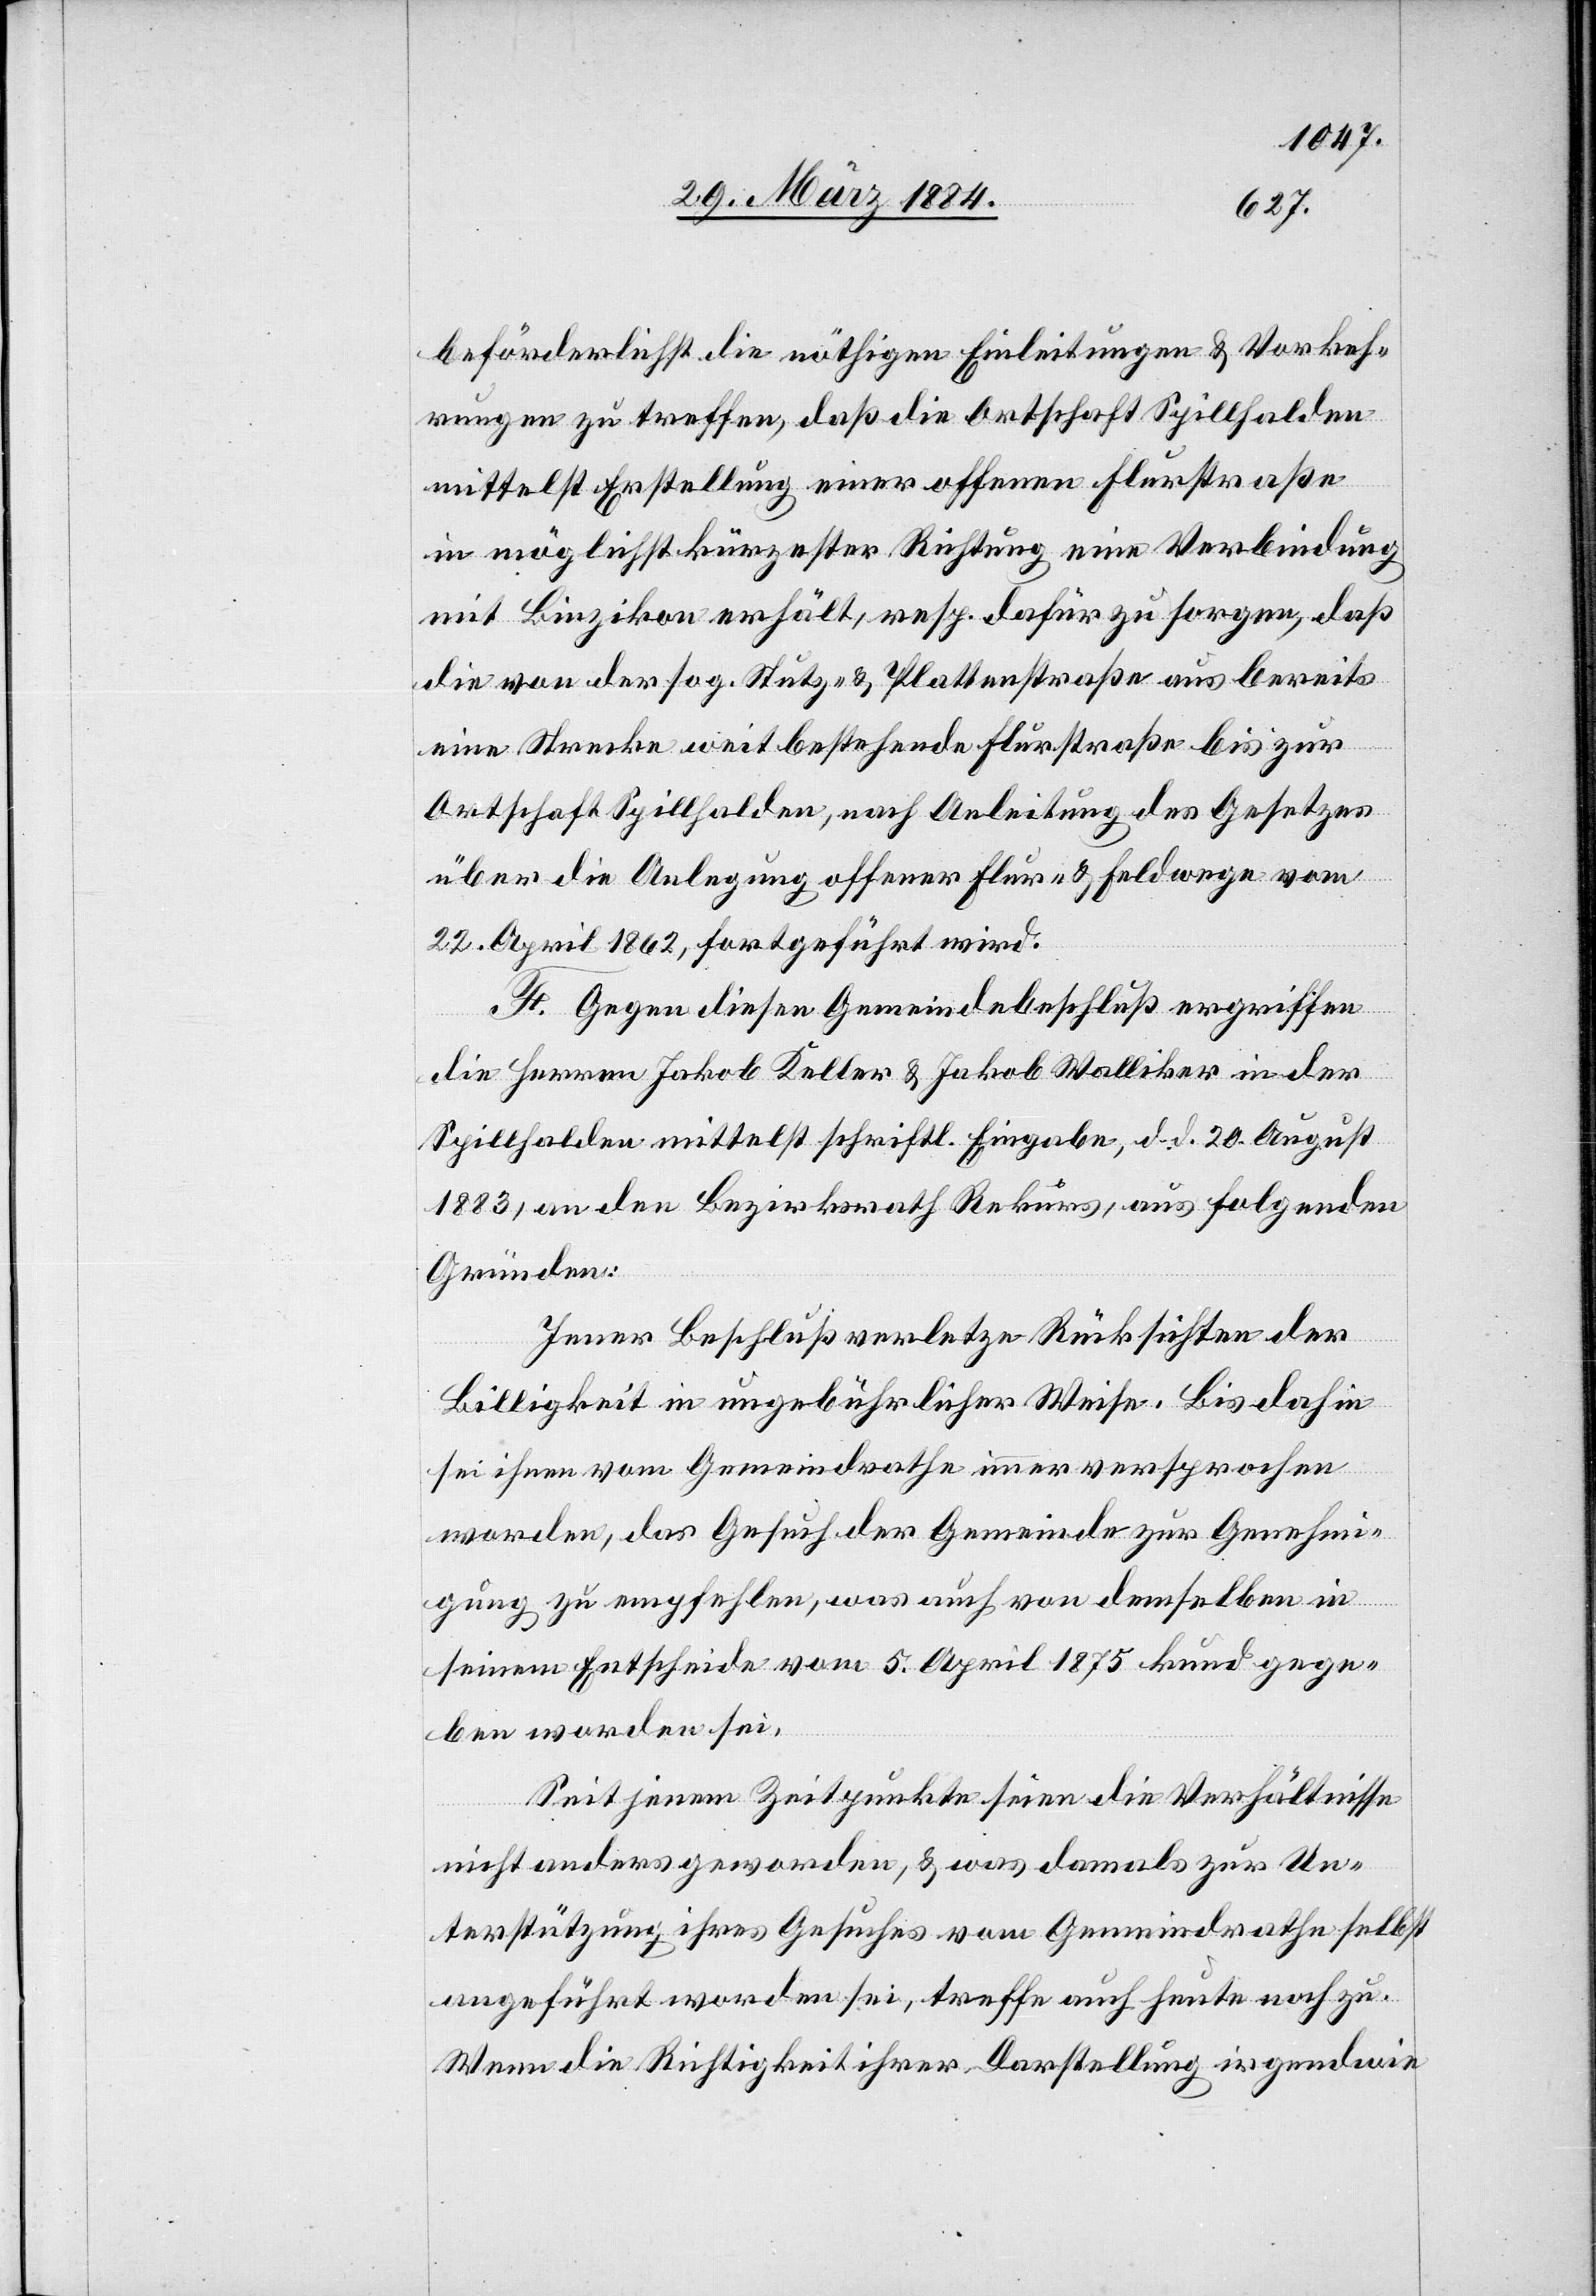
beförderlichst die nöthigen Einleitungen & Vorkeh¬
rungen zu treffen, daß die Ortschaft Spillhalden
mittelst Erstellung einer offenen Flurstraße
in möglichst kürzester Richtung eine Verbindung
mit Binzikon erhält, resp. dafür zu sorgen, daß
die von der sog. Stutz- & Plattenstraße aus bereits
eine Strecke weit bestehende Flurstraße bis zur
Ortschaft Spillhalden, nach Anleitung des Gesetzes
über die Anlegung offener Flur- & Feldwege vom
22. April 1862, fortgeführt wird.
F. Gegen diesen Gemeindebeschluß ergriffen
die Herren Jakob Keller & Jakob Walliker in der
Spillhalden mittelst schriftl. Eingabe, d. d. 20. August
1883, an den Bezirksrath Rekurs, aus folgenden
Gründen:
Jener Beschluß verletzte Rücksichten der
Billigkeit in ungebührlicher Weise. Bis dahin
sei ihnen vom Gemeindrath immer versprochen
worden, das Gesuch der Gemeinde zur Genehmi¬
gung zu empfehlen, was auch von demselben in
seinem Entscheide vom 5. April 1875 Kund gege¬
ben worden sei.
Seit jenem Zeitpunkte seien die Verhältnisse
nicht anders geworden, & was damals zur Un¬
terstützung ihres Gesuches vom Gemeindrathe selbst
angeführt worden sei, treffe auch heute noch zu.
Wenn die Richtigkeit ihrer Darstellung irgendwie